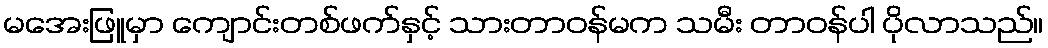
မအေးဖြူမှာ ကျောင်းတစ်ဖက်နှင့် သားတာဝန်မက သမီး တာဝန်ပါ ပိုလာသည်။